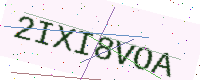
Text: 2IXI8VOA